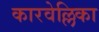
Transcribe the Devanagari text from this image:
कारवेल्लिका